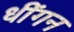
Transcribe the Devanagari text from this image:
धींगन